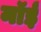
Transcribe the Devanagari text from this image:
नॉई